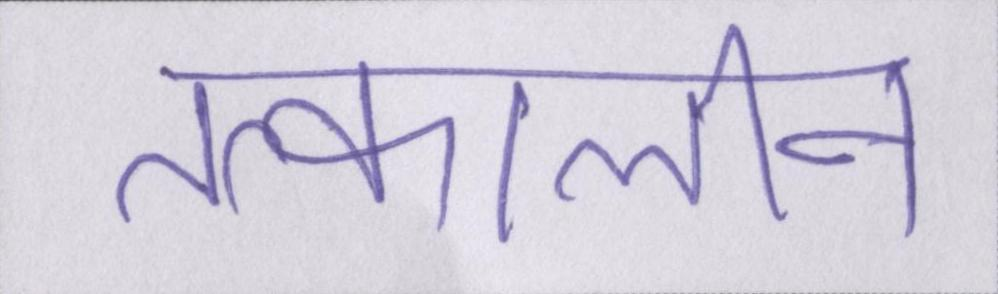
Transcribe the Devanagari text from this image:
तत्कालीन